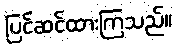
ပြင်ဆင်ထားကြသည်။